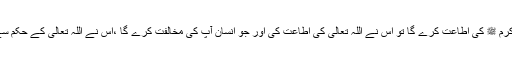
جو بندہ بھی نبی اکرم ﷺ کی اطاعت کرے گا تو اس نے اللہ تعالیٰ کی اطاعت کی اور جو انسان آپ کی مخالفت کرے گا ،اس نے اللہ تعالی کے حکم سے روگردانی کی ۔